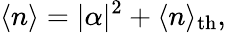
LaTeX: \langle n\rangle=|\alpha|^{2}+\langle n\rangle_{\mathrm{th}},